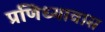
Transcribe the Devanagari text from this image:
प्रणिध्यावास